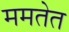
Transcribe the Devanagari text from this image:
ममतेत